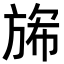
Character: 𭤺